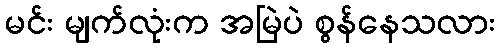
မင်း မျက်လုံးက အမြဲပဲ စွန်နေသလား